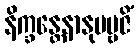
နိက္ခန္တေနာနုပဗ္ဗဇိံ